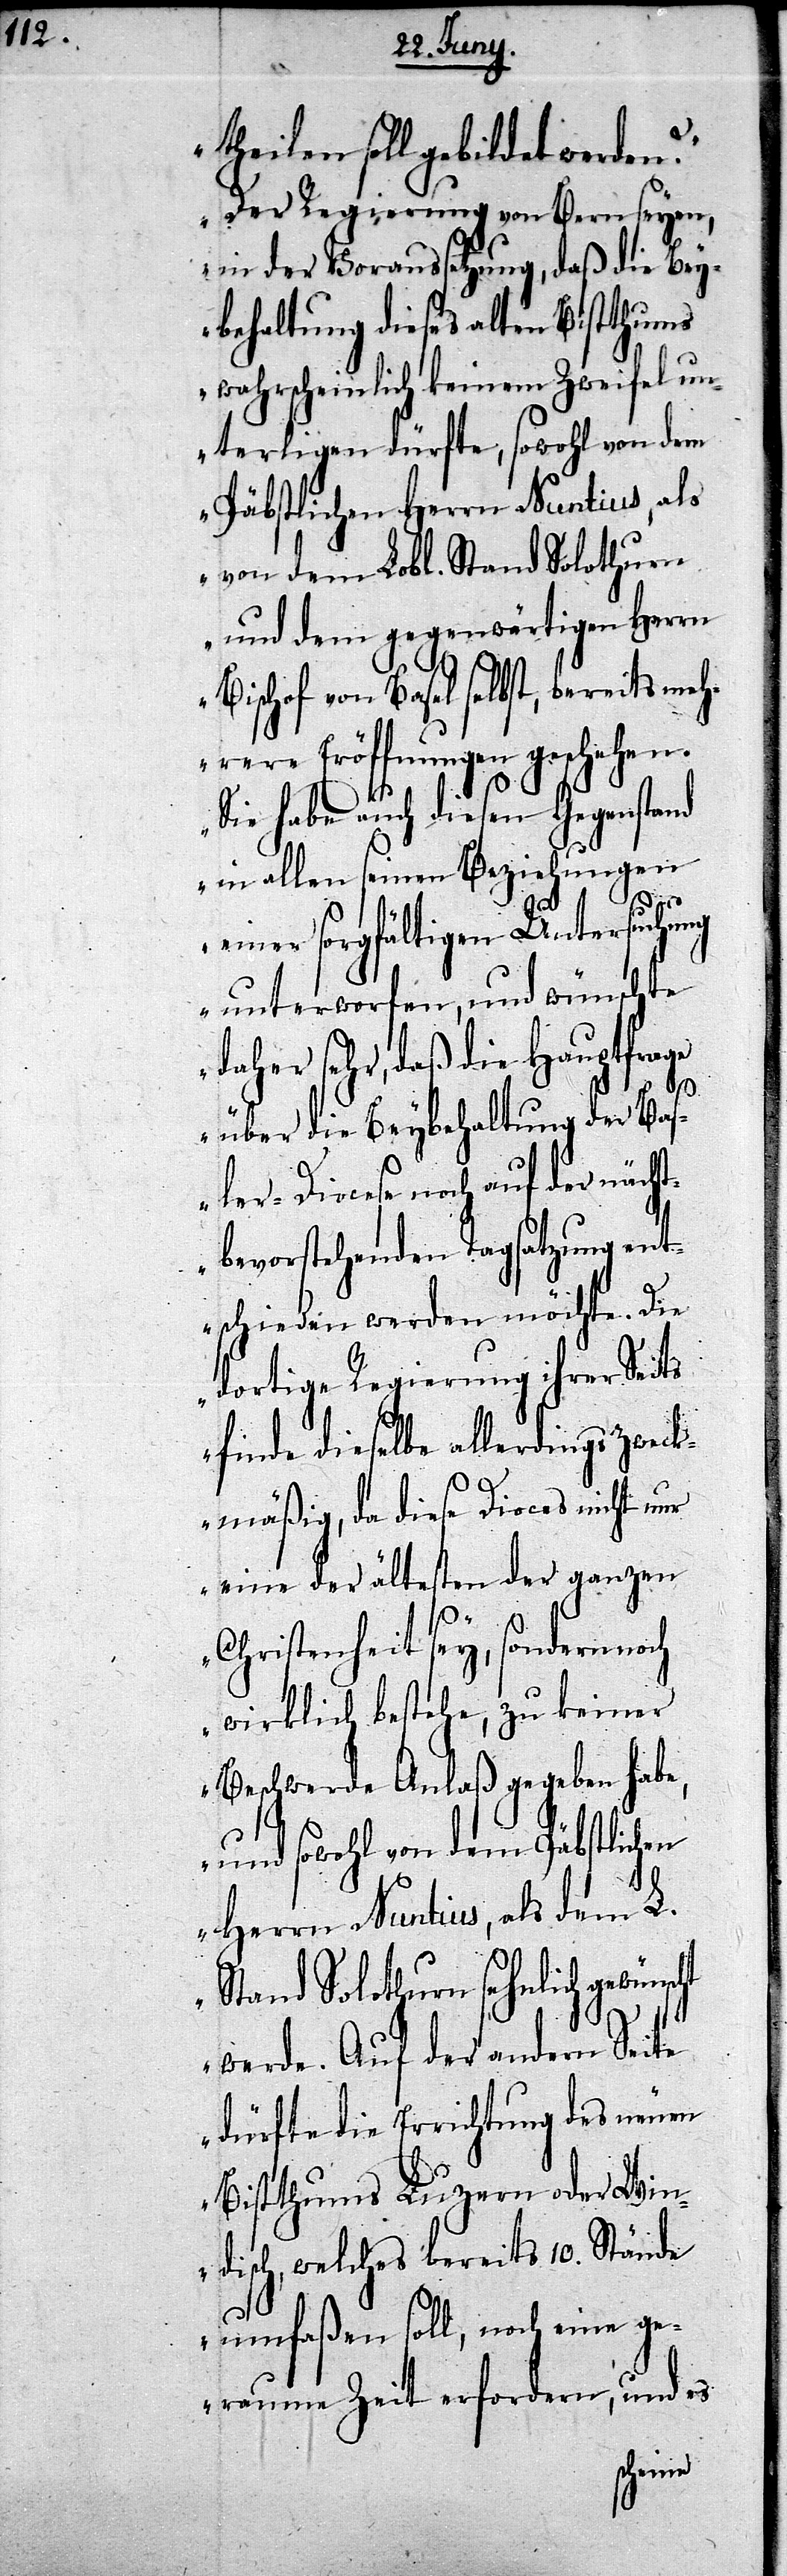
theilen soll gebildet werden?“
„Der Regierung von Bern seyen,
in der Voraussetzung, daß die Bey¬
behaltung dieses alten Bistthums
wahrscheinlich keinem Zweifel un¬
terligen dürfte, sowohl von dem
Päbstlichen Herrn Nuntius, als
von dem Lobl. Stand Solothurn
und dem gegenwärtigen Herrn
Bischof von Basel selbst, bereits meh¬
rere Eröffnungen geschehen.
Sie haben auch diesen Gegenstand
in allen seinen Beziehungen
einer sorgfältigen Untersuchung
unterworfen, und wünschte
daher sehr, daß die Hauptfrage
über die Beybehaltung der Bas¬
ler-Diocese noch auf der nächst¬
bevorstehenden Tagsatzung ent¬
schieden werden möchte. Die
dortige Regierung ihrer Seits
finde dieselbe allerdings zweck¬
mäßig, da diese Diocese nicht nur
eine der ältesten der ganzen
Christenheit sey, sondern noch
wirklich bestehe, zu keiner
Beschwerde Anlaß gegeben habe,
und sowohl von dem Päbstlichen
Herrn Nuntius, als dem L.
Stand Solothurn sehnlich gewün¬
werde. Auf der andern Seite
dürfte die Errichtung des neuen
Bistthums Luzern oder Win¬
disch, welches bereits 10. Stände
umfaßen soll, noch eine ge¬
raume Zeit erfordern, und es
scht